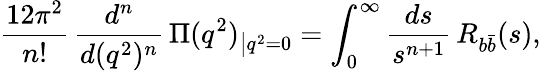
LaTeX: \frac{12\pi^{2}}{n!}\, \frac{d^{n}}{d(q^{2})^{n}}\, \Pi(q^{2})_{\big|q^{2}=0}=\int_{0}^{\infty}\frac{ds}{s^{n+1}}\, R_{b\bar{b}}(s),